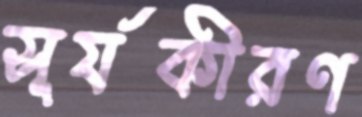
সূর্যকীরণ